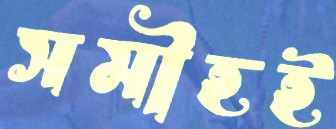
সমীহই